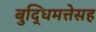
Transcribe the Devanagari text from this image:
बुद्धिमत्तेसह